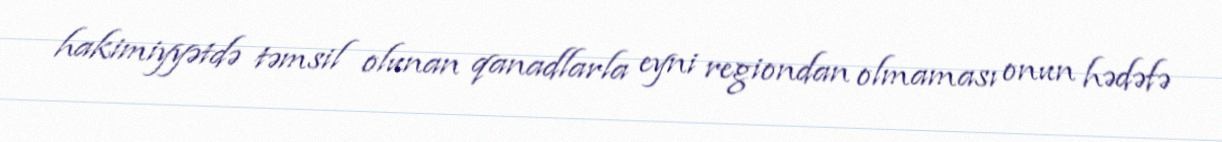
hakimiyyətdə təmsil olunan qanadlarla eyni regiondan olmaması onun hədəfə